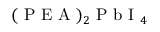
( \mathrm { ~ P ~ E ~ A ~ } ) _ { 2 } \mathrm { ~ P ~ b ~ I ~ } _ { 4 }